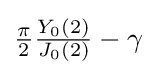
{\textstyle {\frac {\pi }{2}}{\frac {Y_{0}(2)}{J_{0}(2)}}-\gamma }